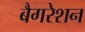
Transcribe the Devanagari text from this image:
बैगरेशन